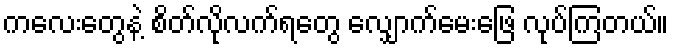
ကလေးတွေနဲ့ စိတ်လိုလက်ရတွေ လျှောက်မေးဖြေ လုပ်ကြတယ်။